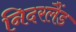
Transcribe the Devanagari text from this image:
निदरलैंड